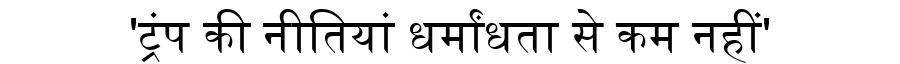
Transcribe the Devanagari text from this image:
'ट्रंप की नीतियां धर्मांधता से कम नहीं'